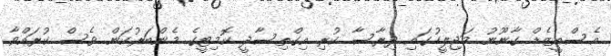
އެސްއީޒެޑް ގާނޫނު މަޖިލީހުގައި ދިރާސާ ކުރި އިގްތިސާދީ ކޮމިޓީގެ މެންބަރުކަން ވެސް ކުރައްވާ